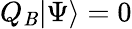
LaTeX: Q_{\mathit{B}}|\Psi\rangle=0